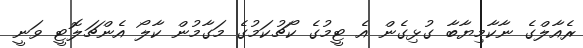
ރެއާލްގެ ނާކާމިޔާބާ ގުޅިގެން އެ ޓީމުގެ ކޯޗުކަމުގެ މަގާމުން ކާލޯ އެންޗަލޮޓީ ވަނީ